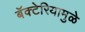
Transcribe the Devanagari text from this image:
बॅक्टेरियामुळे